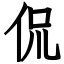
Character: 侃